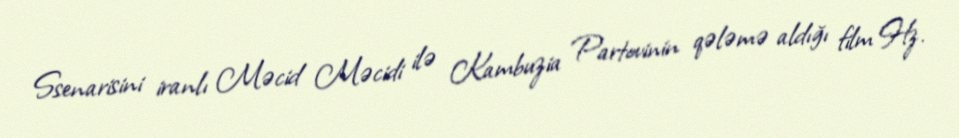
Ssenarisini iranlı Məcid Məcidi ilə Kambuzia Partovinin qələmə aldığı film Hz.